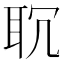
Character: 𦕍